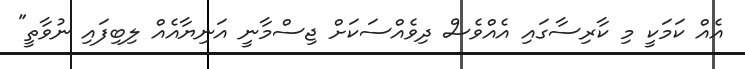
އެއް ކަމަކީ މި ކާރިސާގައި އެއްވެސް ދިވެއްސަކަށް ޖިސްމާނީ އަނިޔާއެއް ލިބިފައި ނުވާތީ"